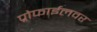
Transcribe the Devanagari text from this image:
प्रोफाईलवर